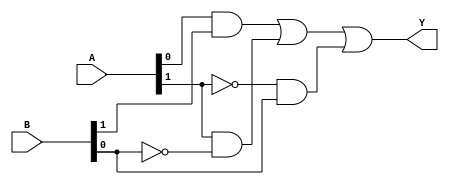
module combinational_logic (
    input [1:0] A,
    input [1:0] B,
    output Y
);
    // Combinational logic using the simplified expression
    assign Y = (A[0] & B[1]) | (A[1] & ~B[0]) | (~A[1] & B[0]);

endmodule